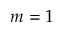
m = 1